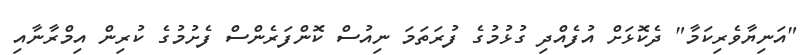
"އަނިޔާވެރިކަމާ" ދެކޮޅަށް އުފެއްދި ގުޅުމުގެ ފުރަތަމަ ނިއުސް ކޮންފަރެންސް ފެށުމުގެ ކުރިން އިމްރާނާއި